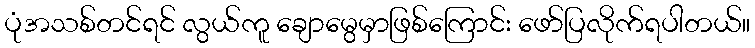
ပုံအသစ်တင်ရင် လွယ်ကူ ချောမွေမှာဖြစ်ကြောင်း ဖော်ပြလိုက်ရပါတယ်။